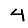
Digit: 4